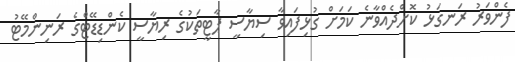
ފެންވަރު ރަނގަޅު ކޮށްދެއްވާނެ ކަމަށް ގުޅިފައިވާ ސިޔާސީ ޕާޓީތަކުގެ ރިޔާސީ ކެންޑިޑޭޓްގެ ރަނިންމޭޓު